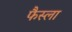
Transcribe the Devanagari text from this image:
फैस्ला